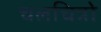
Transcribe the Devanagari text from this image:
चलचित्रो